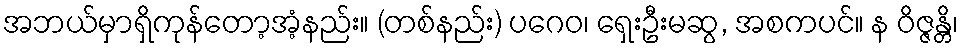
အဘယ်မှာရှိကုန်တော့အံ့နည်း။ (တစ်နည်း) ပဂေဝ၊ ရှေးဦးမဆွ, အစကပင်။ န ဝိဇ္ဇန္တိ၊